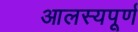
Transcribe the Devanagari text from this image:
आलस्यपूर्ण